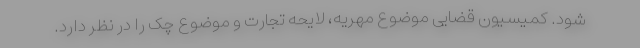
شود. کمیسیون قضایی موضوع مهریه، لایحه تجارت و موضوع چک را در نظر دارد.